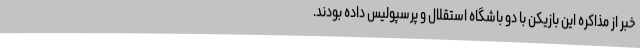
خبر از مذاکره این بازیکن با دو باشگاه استقلال و پرسپولیس داده بودند.